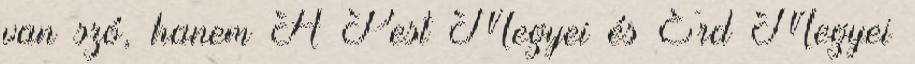
van szó, hanem A Pest Megyei és Érd Megyei